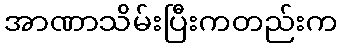
အာဏာသိမ်းပြီးကတည်းက